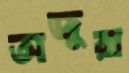
অজুরা